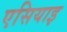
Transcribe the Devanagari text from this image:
एसियाइ